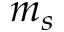
m _ { s }